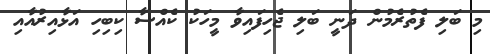
މި ބަލި ފެތުރެމުން ދަނީ ބަލި ޖެހިފައިވާ މީހަކު ކެއްސާ ކިބިހި އަޅާއިރުއާއި